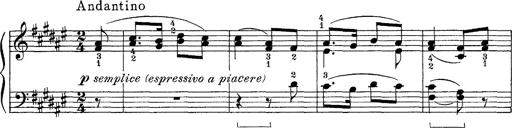
Title: FÃ¼nf KlavierstÃ¼cke
Composer: Franz Liszt